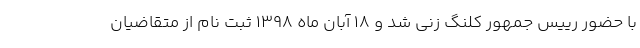
با حضور رییس جمهور کلنگ زنی شد و ۱۸ آبان ماه ۱۳۹۸ ثبت نام از متقاضیان